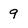
Character: 9